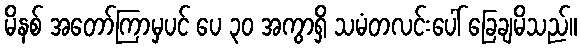
မိနစ် အတော်ကြာမှပင် ပေ ၃၀ အကွာရှိ သမံတလင်းပေါ် ခြေချမိသည်။